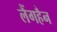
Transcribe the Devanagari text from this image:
लैंगहैन